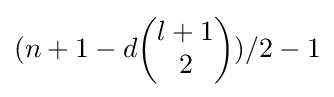
(n+1-d{\begin{pmatrix}l+1\\2\end{pmatrix}})/2-1